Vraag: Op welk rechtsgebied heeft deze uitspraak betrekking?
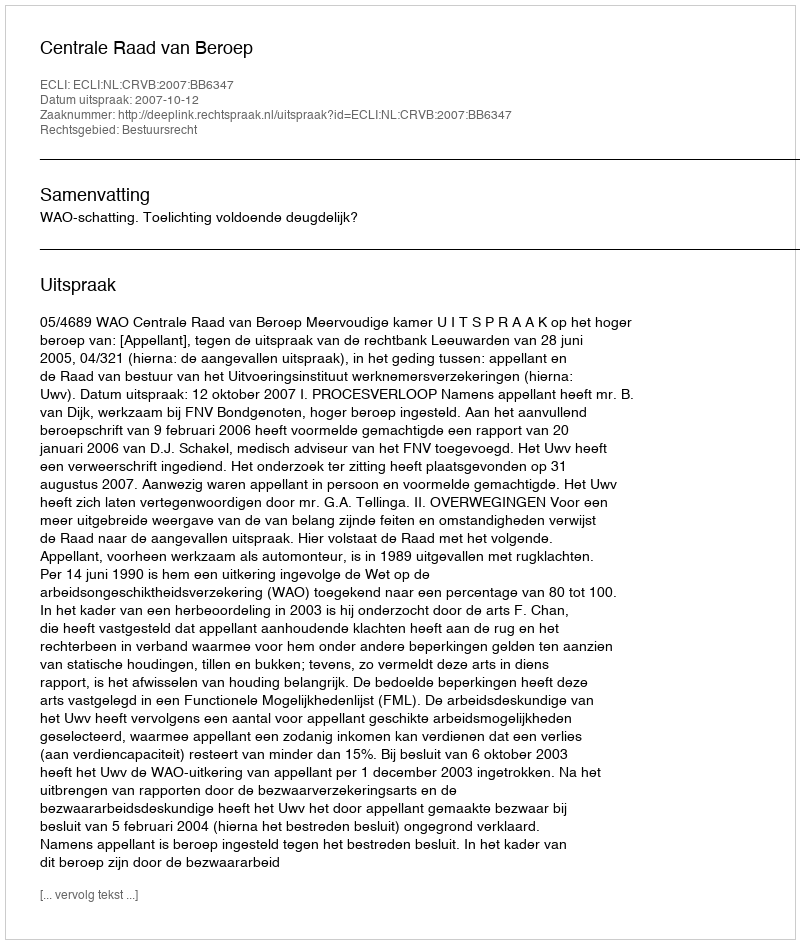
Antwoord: Bestuursrecht